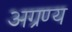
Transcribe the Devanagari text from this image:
अग्रण्य